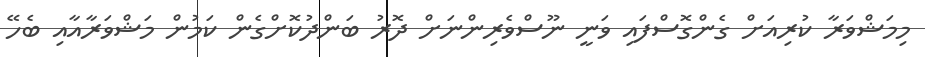
މިމަޝްވަރާ ކުރިއަށް ގެންގޮސްފައި ވަނީ ނޫސްވެރިންނަށް ދޮރު ބަންދުކޮށްގެން ކަމުން މަޝްވަރާއާއި ބެހޭ